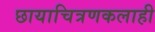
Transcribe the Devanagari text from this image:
छायाचित्रणकलाही